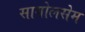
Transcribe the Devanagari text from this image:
सागोलसेम